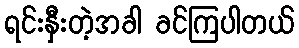
ရင်းနှီးတဲ့အခါ ခင်ကြပါတယ်